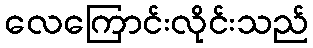
လေကြောင်းလိုင်းသည်